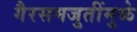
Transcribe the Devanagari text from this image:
गैरसमजुतींमुळे